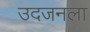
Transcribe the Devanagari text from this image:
उदजनला